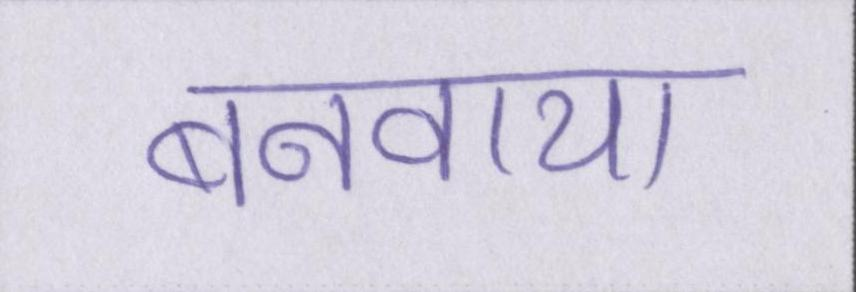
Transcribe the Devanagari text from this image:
बनवाया